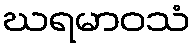
ဃရမာဝသံ